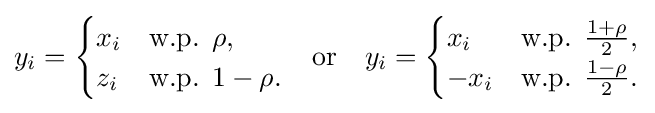
y_{i}={\begin{cases}x_{i}&{\text{w.p. }}\rho ,\\z_{i}&{\text{w.p. }}1-\rho .\end{cases}}\quad {\text{or}}\quad y_{i}={\begin{cases}x_{i}&{\text{w.p. }}{\frac {1+\rho }{2}},\\-x_{i}&{\text{w.p. }}{\frac {1-\rho }{2}}.\end{cases}}